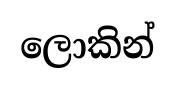
ලොකින්